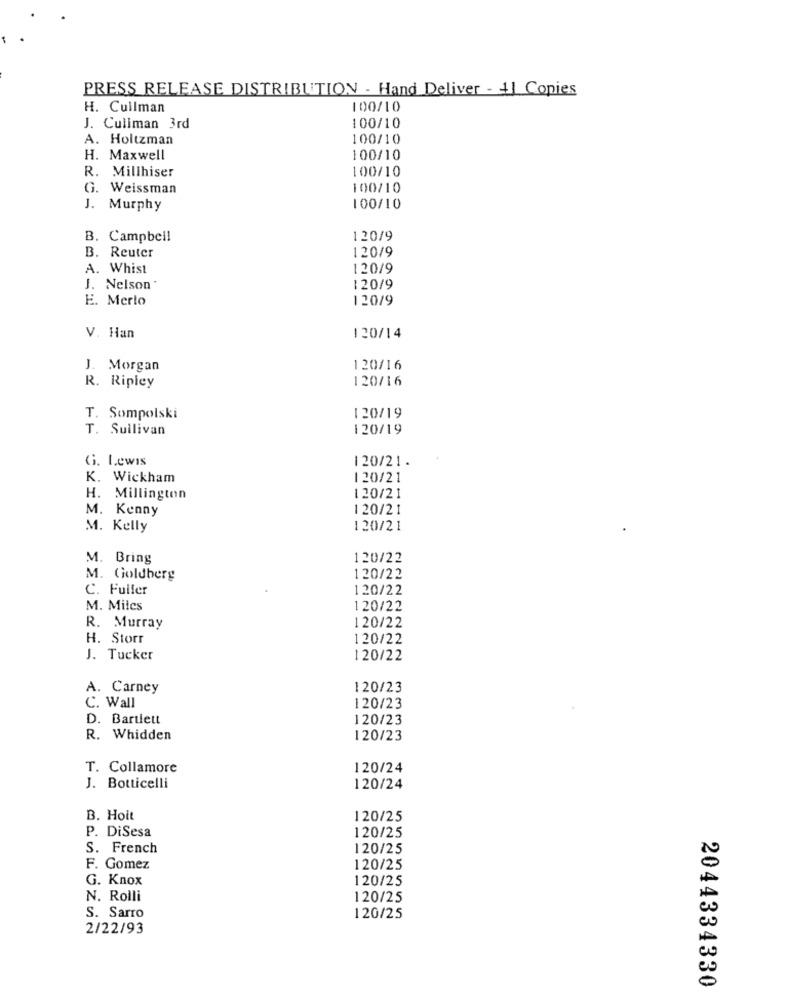
PRESS RELEASE DISTRIBUTION - Hand Deliver - 11 Copies
H. Cullman
100/10
J. Cullman 3rd
100/10
A. Holtzman
100/10
H. Maxwell
100/10
R. Millhiser
100/10
G. Weissman
100/10
J. Murphy
100/10
B. Campbell
120/9
120/9
B. Reuter
A. Whist
120/9
J. Nelson
120/9
E. Merlo
120/9
V. Han
120/14
J. Morgan
120/16
120/16
R. Ripley
T. Sompolski
120/19
T. Sullivan
120/19
G. Lewis
120/21.
K. Wickham
120/21
H. Millington
120/21
M. Kenny
120/21
M. Kelly
120/21
M. Bring
120/22
M. Goldberg
120/22
C. Fuller
120/22
M. Miles
120/22
R. Murray
120/22
H. Storr
120/22
J. Tucker
120/22
A. Carney
120/23
C. Wall
120/23
D. Bartlett
120/23
R. Whidden
120/23
T. Collamore
120/24
J. Botticelli
120/24
B. Hoit
120/25
P. DiSesa
120/25
S. French
120/25
F. Gomez
120/25
G. Knox
120/25
N. Rolli
120/25
S. Sarro
120/25
2/22/93
2044334330